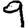
Digit: 9